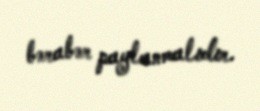
bərabər paylanmalıdır.